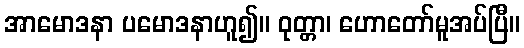
အာမောဒနာ ပမောဒနာဟူ၍။ ဝုတ္တာ၊ ဟောတော်မူအပ်ပြီ။